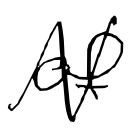
Text: of
Cross-out: zig-zag
Writing tool: digital_black